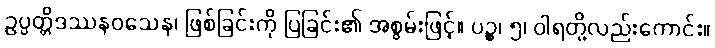
ဥပ္ပတ္တိဒဿနဝသေန၊ ဖြစ်ခြင်းကို ပြခြင်း၏ အစွမ်းဖြင့်။ ပဉ္စ၊ ၅၊ ဝါရတို့လည်းကောင်း။